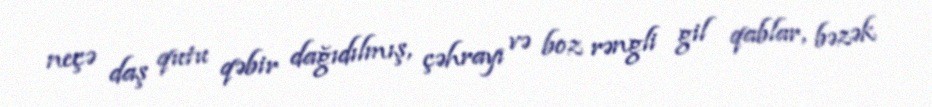
neçə daş qutu qəbir dağıdılmış, çəhrayı və boz rəngli gil qablar, bəzək